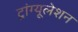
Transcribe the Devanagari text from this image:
ट्रांग्यूलेशन